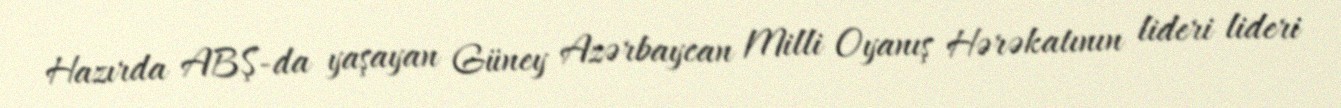
Hazırda ABŞ-da yaşayan Güney Azərbaycan Milli Oyanış Hərəkatının lideri lideri